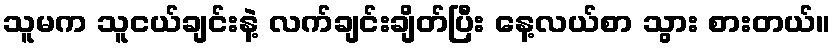
သူမက သူငယ်ချင်းနဲ့ လက်ချင်းချိတ်ပြီး နေ့လယ်စာ သွား စားတယ်။